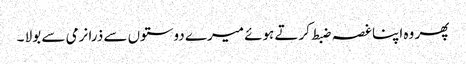
پھر وہ اپنا غصہ ضبط کرتے ہوئے میرے دوستوں سے ذرا نرمی سے بولا ۔